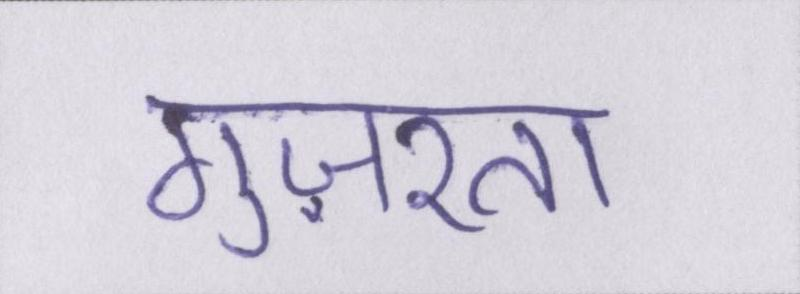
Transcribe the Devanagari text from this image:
गुज़रता